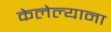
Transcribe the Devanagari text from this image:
केलेल्याना